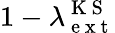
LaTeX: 1-\lambda_{\mathrm{~e~x~t~}}^{\mathrm{~K~S~}}